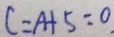
C = A + 5 = 0 .